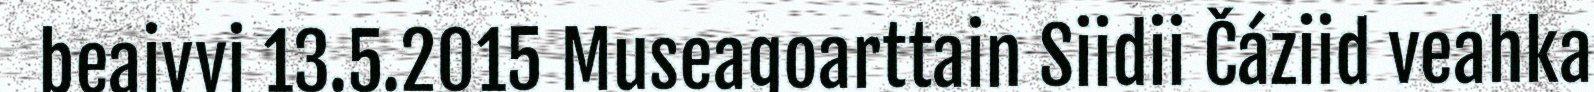
beaivvi 13.5.2015 Museagoarttain Siidii Čáziid veahka